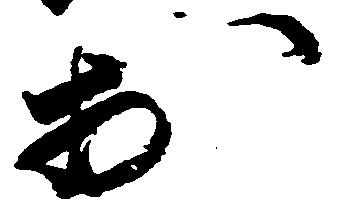
於